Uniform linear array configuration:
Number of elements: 64
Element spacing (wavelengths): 0.25
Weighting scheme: blackman
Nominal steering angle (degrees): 0
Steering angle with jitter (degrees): -1.868
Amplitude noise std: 0.05
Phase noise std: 0.05

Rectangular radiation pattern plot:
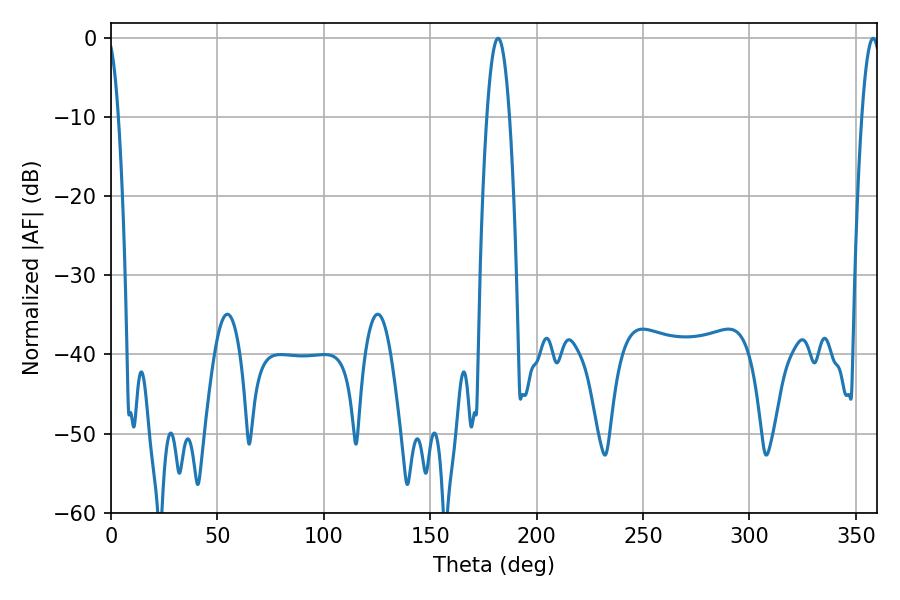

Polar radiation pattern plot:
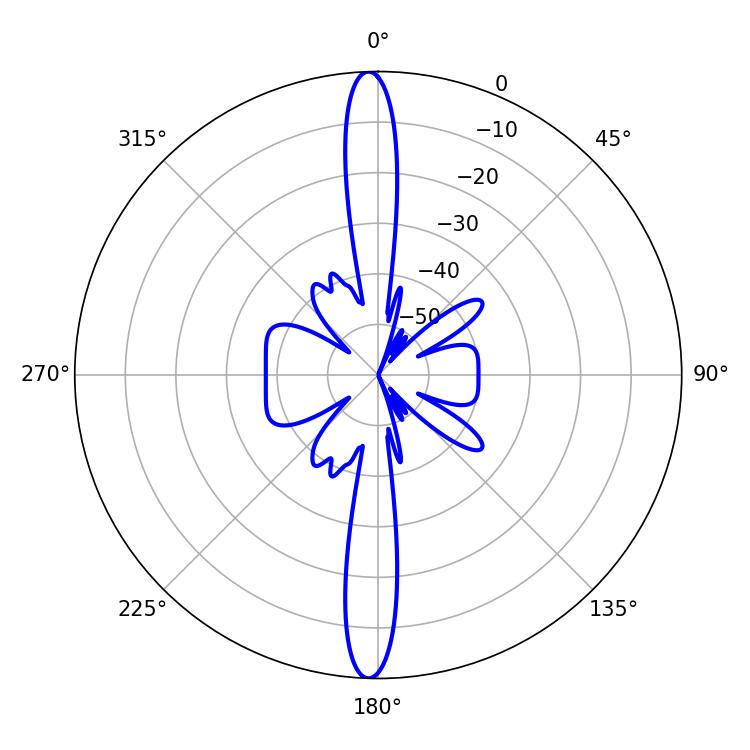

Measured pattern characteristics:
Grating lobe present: FALSE
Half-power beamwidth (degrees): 5.94
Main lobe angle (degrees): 181.8